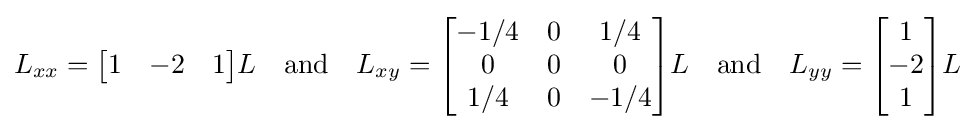
L_{xx}={\begin{bmatrix}1&-2&1\end{bmatrix}}L\quad {\text{and}}\quad L_{xy}={\begin{bmatrix}-1/4&0&1/4\\0&0&0\\1/4&0&-1/4\end{bmatrix}}L\quad {\text{and}}\quad L_{yy}={\begin{bmatrix}1\\-2\\1\end{bmatrix}}L